Vaccination North-Western Provinces 1866-1877 - 1866-1877
Year: 1866
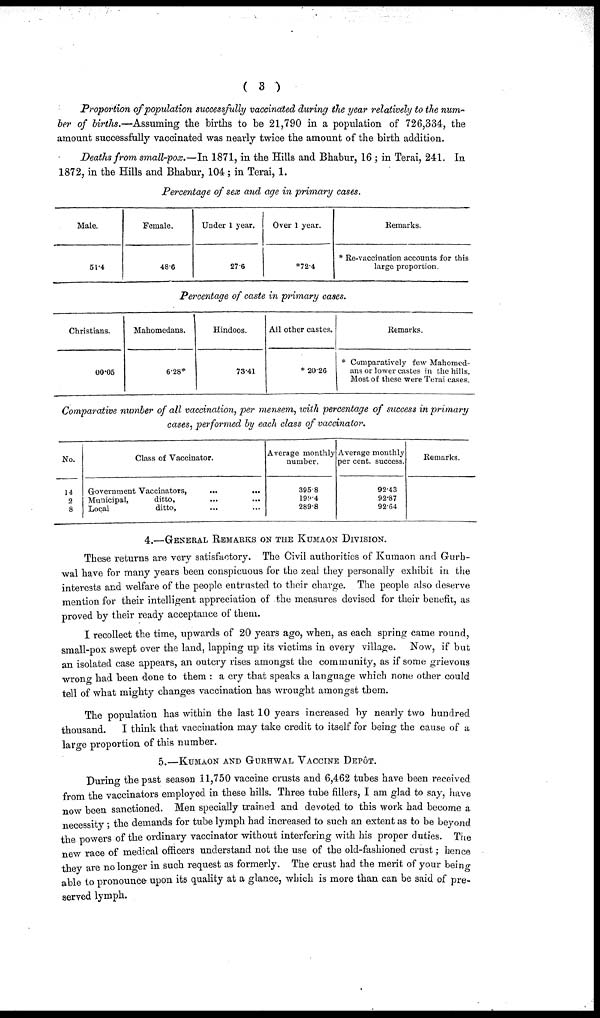
( 3 )
Proportion of population successfully vaccinated during the year relatively to the num-
ber of births.—Assuming the births to be 21,790 in a population of 726,334, the
amount successfully vaccinated was nearly twice the amount of the birth addition.
Deaths from small-pox. —In 1871, in the Hills and Bhabur, 16 ; in Terai, 241. In
1872, in the Hills and Bhabur, 104 ; in Terai, 1.
Percentage of sex and age in primary cases.
Male.
51.4
Female.
48.6
Under 1 year.
27.6
Over 1 year.
*72.4
Remarks.
* Re-vaccination accounts for this
large proportion.
Percentage of caste in primary cases.
Christians.
00.05
Mahomedans.
6.28*
Hindoos.
73.41
All other castes.
* 20.26
Remarks.
* Comparatively few Mahomed-
ans or lower castes in the hills.
Most of these were Terai cases.
Comparative number of all vaccination, per mensem, with percentage of success in primary
cases, performed by each class of vaccinator.
No.
14
2
8
Class of Vaccinator.
Government Vaccinators, ... ...
Municipal,
ditto, ... ...
Local
ditto, ... ...
Average monthly
number.
395.8
199.4
289.8
Average monthly
per cent. success.
92.43
92.87
92.64
Remarks.
4.—GENERAL REMARKS ON THE KUMAON DIVISION.
These returns are very satisfactory. The Civil authorities of Kumaon and Gurh¬
wal have for many years been conspicuous for the zeal they personally exhibit in the
interests and welfare of the people entrusted to their charge. The people also deserve
mention for their intelligent appreciation of the measures devised for their benefit, as
proved by their ready acceptance of them.
I recollect the time, upwards of 20 years ago, when, as each spring came round,
small-pox swept over the land, lapping up its victims in every village. Now, if but
an isolated case appears, an outcry rises amongst the community, as if some grievous
wrong had been done to them : a cry that speaks a language which none other could
tell of what mighty changes vaccination has wrought amongst them.
The population has within the last 10 years increased by nearly two hundred
thousand.
I think that vaccination may take credit to itself for being the cause of a
large proportion of this number.
5.—KUMAON AND GURHWAL VACCINE DEPÔT.
During the past season 11,750 vaccine crusts and 6,462 tubes have been received
from the vaccinators employed in these hills. Three tube fillers, I am glad to say, have
now been sanctioned. Men specially trained and devoted to this work had become a
necessity ; the demands for tube lymph had increased to such an extent as to be beyond
the powers of the ordinary vaccinator without interfering with his proper duties. The
new race of medical officers understand not the use of the old-fashioned crust ; hence
they are no longer in such request as formerly. The crust had the merit of your being
able to pronounce upon its quality at a glance, which is more than can be said of pre-
served lymph.